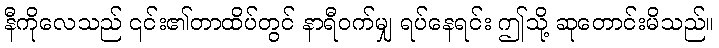
နီကိုလေသည် ၎င်း၏တာထိပ်တွင် နာရီဝက်မျှ ရပ်နေရင်း ဤသို့ ဆုတောင်းမိသည်။